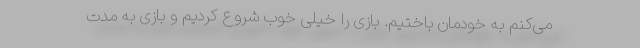
می‌کنم به خودمان باختیم. بازی را خیلی خوب شروع کردیم و بازی به مدت